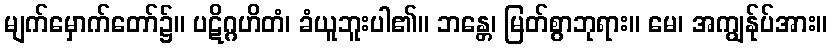
မျက်မှောက်တော်၌။ ပဋိဂ္ဂဟိတံ၊ ခံယူဘူးပါ၏။ ဘန္တေ၊ မြတ်စွာဘုရား။ မေ၊ အကျွန်ုပ်အား။